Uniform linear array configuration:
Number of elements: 32
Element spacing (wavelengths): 0.25
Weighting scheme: hamming
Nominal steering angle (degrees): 30
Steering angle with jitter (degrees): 28.68
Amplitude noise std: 0.05
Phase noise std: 0.05

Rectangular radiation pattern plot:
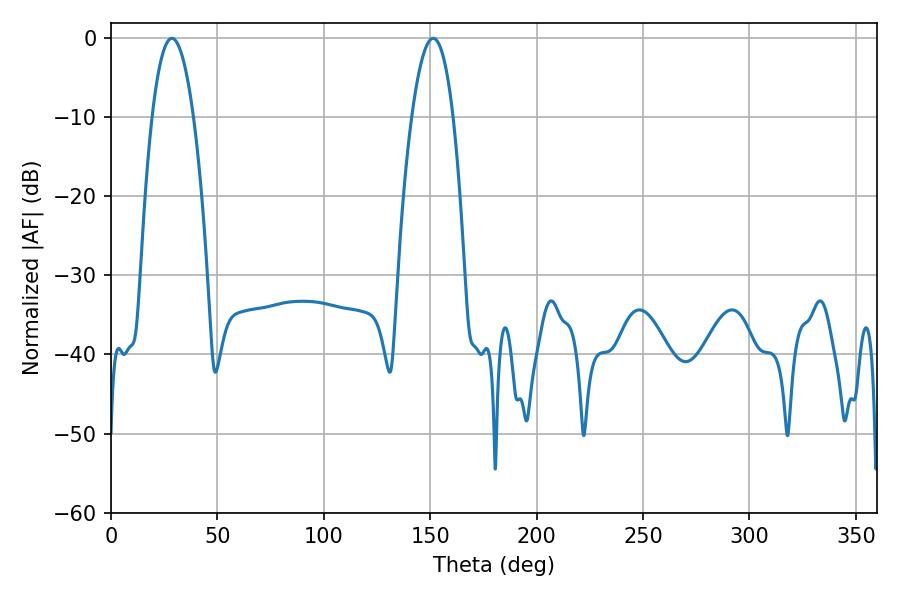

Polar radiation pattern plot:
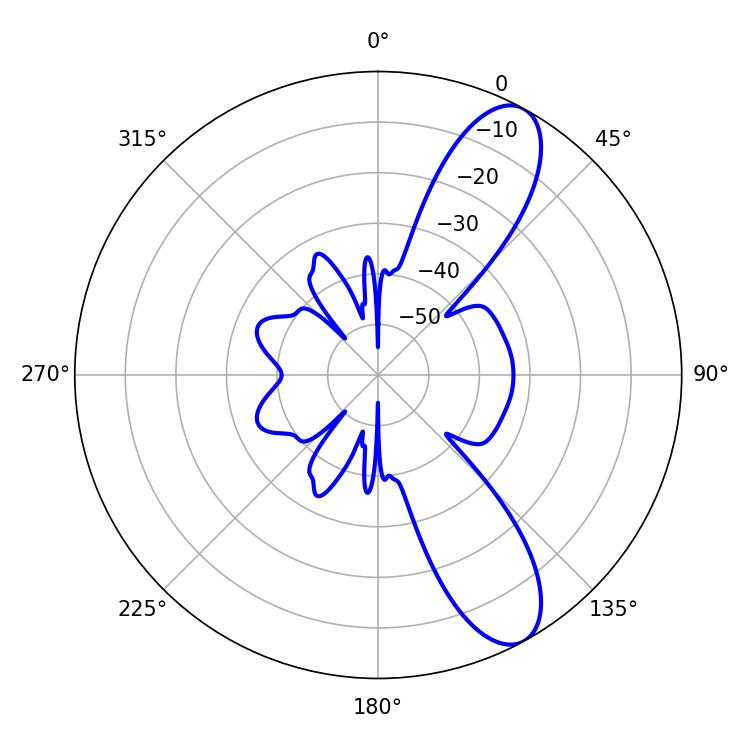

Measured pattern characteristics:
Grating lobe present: FALSE
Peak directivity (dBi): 10.147
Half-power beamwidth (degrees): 10.8
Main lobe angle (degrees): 28.62